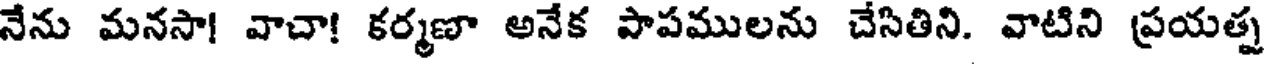
నేను మనసా! వాచా! కర్మణా అనేక పాపములను చేసితిని. వాటిని ప్రయత్న